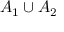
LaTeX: A _ { 1 } \cup A _ { 2 }